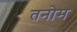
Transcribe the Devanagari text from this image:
तनोम